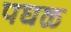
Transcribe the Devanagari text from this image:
पघळ